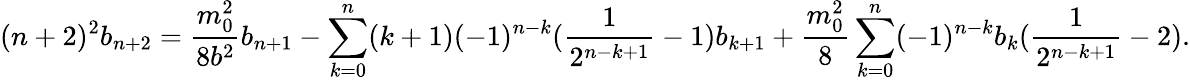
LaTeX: (n+2)^{2}b_{n+2}=\frac{m_{0}^{2}}{8b^{2}}b_{n+1}-\sum_{k=0}^{n}(k+1)(-1)^{n-k}(\frac{1}{2^{n-k+1}}-1)b_{k+1}+\frac{m_{0}^{2}}{8}\sum_{k=0}^{n}(-1)^{n-k}b_{k}(\frac{1}{2^{n-k+1}}-2).